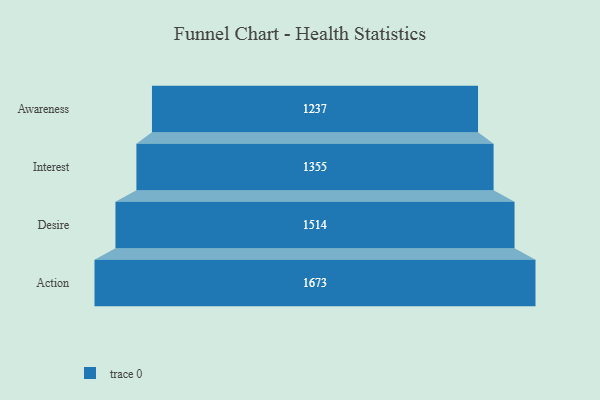
{"axis": {"x": "Stage", "y": "Value"}, "legend": [""], "data": [{"x": "Awareness", "y": 1237.0, "type": ""}, {"x": "Interest", "y": 1355.0, "type": ""}, {"x": "Desire", "y": 1514.0, "type": ""}, {"x": "Action", "y": 1673.0, "type": ""}]}